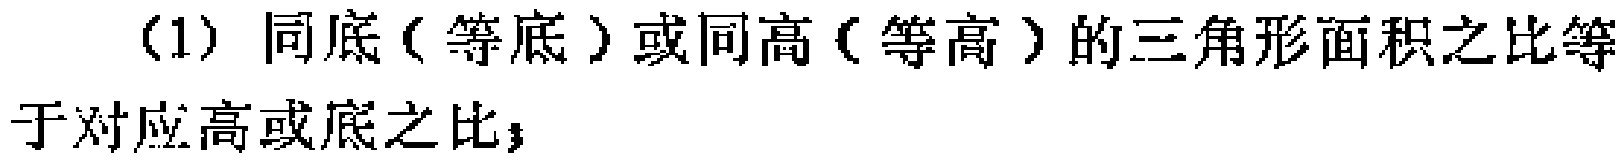
(1) 同底（等底）或同高（等高）的三角形面积之比等于对应高或底之比；